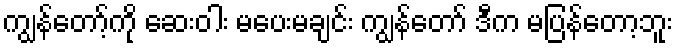
ကျွန်တော့်ကို ဆေးဝါး မပေးမချင်း ကျွန်တော် ဒီက မပြန်တော့ဘူး